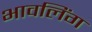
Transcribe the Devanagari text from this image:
भावलिंग